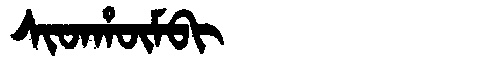
Manchu: ᠰᡳᡨᡥᡡᠮᠪᡳ
Romanization: SITHŪMBI